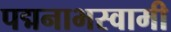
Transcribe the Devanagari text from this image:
पद्मनाभस्‍वामी